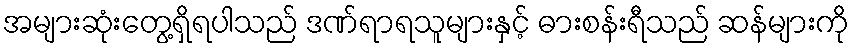
အများဆုံးတွေ့ရှိရပါသည် ဒဏ်ရာရသူများနှင့် ဓားစန်းရီသည် ဆန်များကို